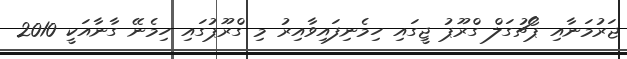
ޖަރުމަނާއި ޕޯޗުގަލް ގްރޫޕު ޖީގައި ހިމެނިފައިވާއިރު މި ގްރޫޕުގައި ހިމެނޭ ގާނާއަކީ 2010